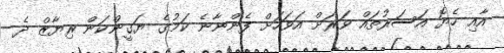
އާއި ހެޔޮ އަސަރުތައް ވަރަށް އަވަހަށް ފެންނާނެ ކަމުގެ ޔަގީންކަން ރިޔާޒް ދެ